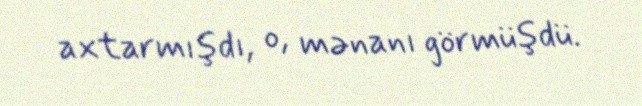
axtarmışdı, o, mənanı görmüşdü.